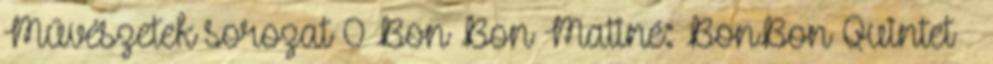
Művészetek sorozat 0 Bon Bon Matiné: BonBon Quintet –